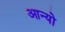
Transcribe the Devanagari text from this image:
आन्‍यो